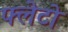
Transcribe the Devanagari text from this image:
फ्लेटो